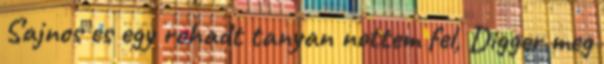
Sajnos es egy rohadt tanyan nottem fel, Digger meg